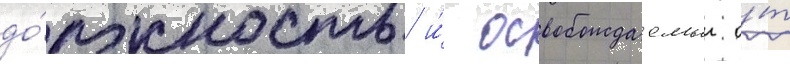
до́лжность и́ освобождаемыи о́т